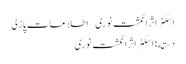
اسکنر اثر انگشت نوری – اطلاعات پازلی
دسته: اسکنر اثر انگشت نوری